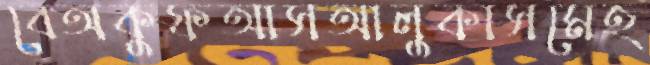
বেঅকুফআসআলুকাসমেহ